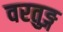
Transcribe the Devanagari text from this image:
वरतुङ्ग